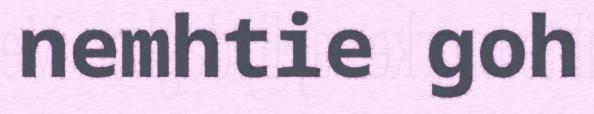
nemhtie goh